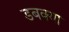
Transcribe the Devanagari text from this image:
डबक्या